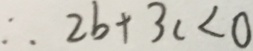
\therefore 2 b + 3 c < 0